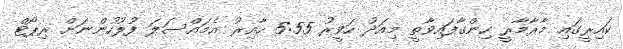
ކައިރީގައި މާރާމާރީ ހިންގާފައިވާތީ މިއަދު ހަވީރު 5:55 ހާއިރު އެމައްސަލަ ފުލުހުންނަށް ރިޕޯޓް